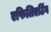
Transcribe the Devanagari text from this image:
एफिलिएटिंग